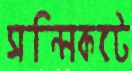
সন্নিকটে